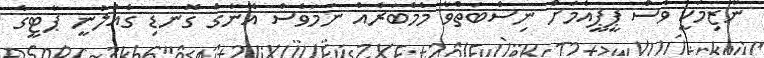
ނާޒިމަކީ ވެސް ޕީޕީއެމަށް ނިސްބަތްވާ މެމްބަރެއް ނަމަވެސް އޭނާގެ ގޮނޑި ގެއްލުނީ ޕާޓީގެ